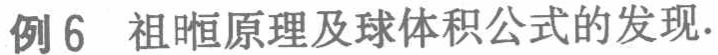
例 6 祖暅原理及球体积公式的发现.